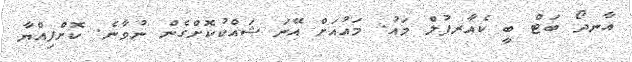
އާނދޯ ބަޓް ބީ ކެއާރފުލް މައު. މައުއަށް އޭނަ ޝައްކުކޮށްގެން ނުވާނެ. ކޮށްފިއްޔާ